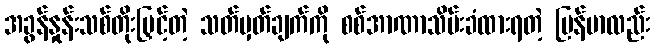
အခွန်နှုန်းသစ်တိုးမြှင့်တဲ့ သတ်မှတ်ချက်ကို စစ်အာဏာသိမ်းခံထားရတဲ့ မြန်မာလည်း